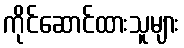
ကိုင်ဆောင်ထားသူများ